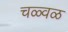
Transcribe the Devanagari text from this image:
चळ्वळ